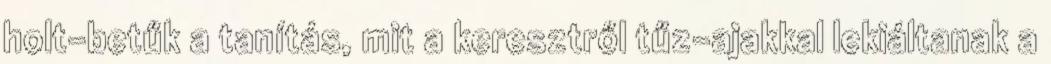
holt-betűk a tanítás, mit a keresztről tűz-ajakkal lekiáltanak a